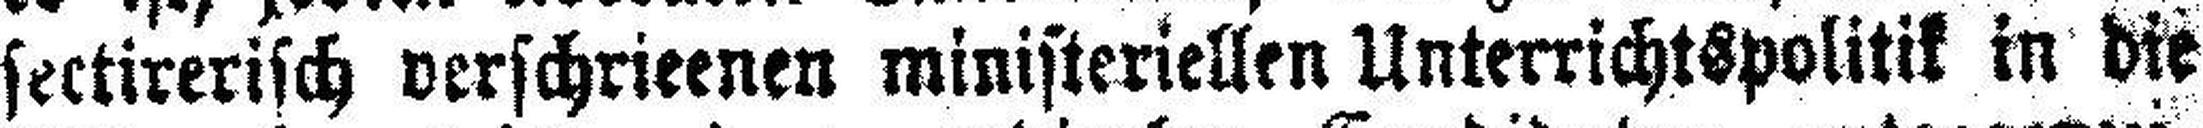
sectirerisch verschrieenen ministeriellen Unterrichtspolitik in die